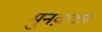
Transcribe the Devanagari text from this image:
मुनक़्क़ा